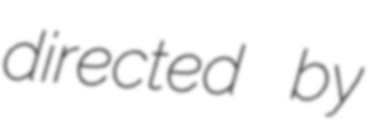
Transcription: directed by